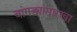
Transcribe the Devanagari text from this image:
बांगड्यांसारखा